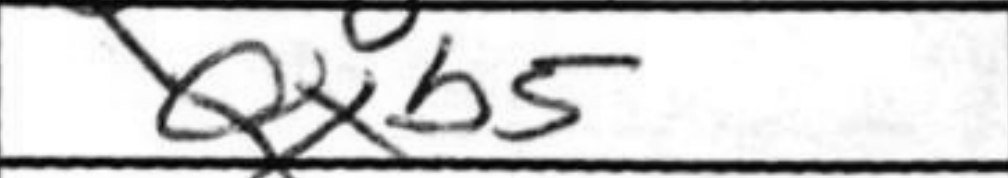
Transcription: Qxb5